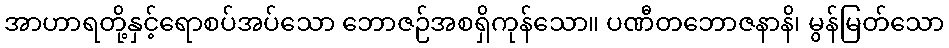
အာဟာရတို့နှင့်ရောစပ်အပ်သော ဘောဇဉ်အစရှိကုန်သော။ ပဏီတဘောဇနာနိ၊ မွန်မြတ်သော